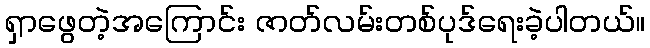
ရှာဖွေတဲ့အကြောင်း ဇာတ်လမ်းတစ်ပုဒ်ရေးခဲ့ပါတယ်။